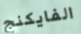
الفايكنج